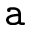
\mathtt { a }